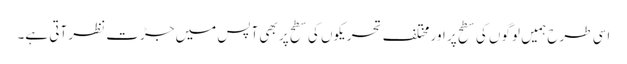
اسی طرح ہمیں لوگوں کی سطح پر اور مختلف تحریکوں کی سطح پر بھی آپس میں جڑت نظر آتی ہے۔